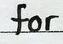
for